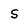
Character: s